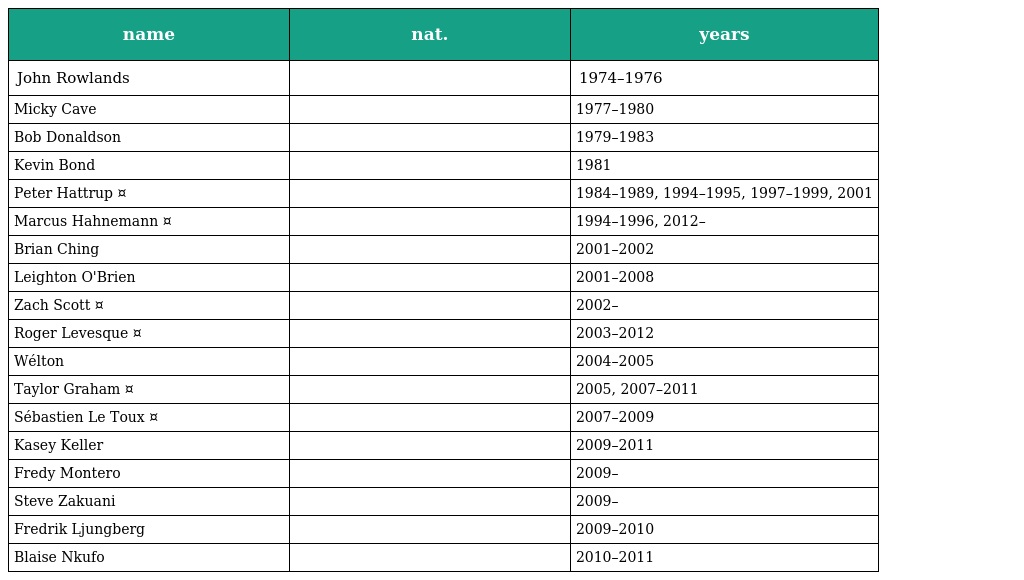
| name | nat. | years |
 | --- | --- | --- |
 | John Rowlands |  | 1974–1976 |
 | Micky Cave |  | 1977–1980 |
 | Bob Donaldson |  | 1979–1983 |
 | Kevin Bond |  | 1981 |
 | Peter Hattrup ¤ |  | 1984–1989, 1994–1995, 1997–1999, 2001 |
 | Marcus Hahnemann ¤ |  | 1994–1996, 2012– |
 | Brian Ching |  | 2001–2002 |
 | Leighton O'Brien |  | 2001–2008 |
 | Zach Scott ¤ |  | 2002– |
 | Roger Levesque ¤ |  | 2003–2012 |
 | Wélton |  | 2004–2005 |
 | Taylor Graham ¤ |  | 2005, 2007–2011 |
 | Sébastien Le Toux ¤ |  | 2007–2009 |
 | Kasey Keller |  | 2009–2011 |
 | Fredy Montero |  | 2009– |
 | Steve Zakuani |  | 2009– |
 | Fredrik Ljungberg |  | 2009–2010 |
 | Blaise Nkufo |  | 2010–2011 |